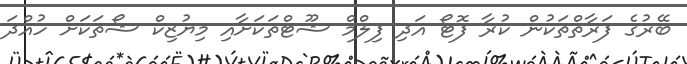
ބޭރުގެ ފަރާތްތަކުން ކުރާ ފޮޓޯ އަދި ފިލްމް ޝޫޓްތަކަށާއި މިޔުޒިކް ޝޯތަކަށް ހުއްދަ